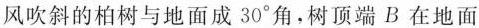
风吹斜的柏树与地面成30°角，树顶端B在地面